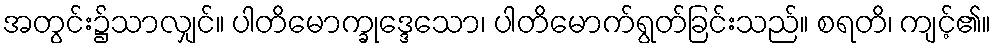
အတွင်း၌သာလျှင်။ ပါတိမောက္ခုဒ္ဒေသော၊ ပါတိမောက်ရွတ်ခြင်းသည်။ စရတိ၊ ကျင့်၏။